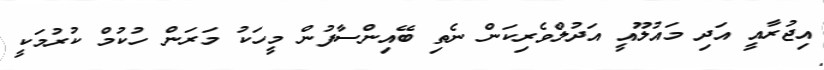
އިޖުރާއީ އަދި މައުލޫއީ އަދުލްވެރިކަން ނެތި ބޭއިންސާފުން މީހަކު މަރަން ހުކުމް ކުރުމަކީ